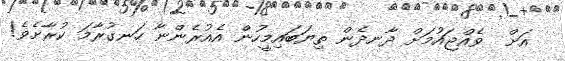
އަށް  ވެއްޖައުމަށް ދާނދެން ތިޔަބައިމީހުން އެއުރެންނާ ހަނގުރާމަ ކުރާށެވެ!